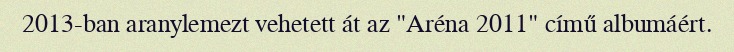
2013-ban aranylemezt vehetett át az "Aréna 2011" című albumáért.